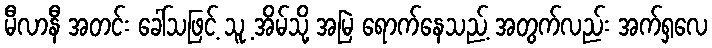
မီလာနီ အတင်း ခေါ်သဖြင့် သူ့ အိမ်သို့ အမြဲ ရောက်နေသည့် အတွက်လည်း အက်ရှလေ